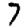
Digit: 7